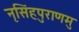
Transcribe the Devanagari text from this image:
नृसिंहपुराणमु